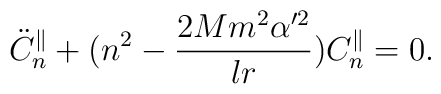
\ddot{C}_{n}^\parallel+(n^2-\frac{2Mm^2\alpha'^2}{lr})C_{n}^\parallel=0.